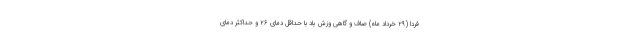
فردا (۲۹ خرداد ماه) صاف و گاهی وزش باد با حداقل دمای ۲۶ و حداکثر دمای